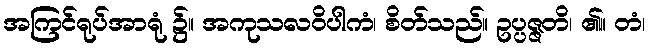
အကြင်ရုပ်အာရုံ ၌။ အကုသလဝိပါကံ၊ စိတ်သည်။ ဥပ္ပဇ္ဇတိ၊ ၏။ တံ၊